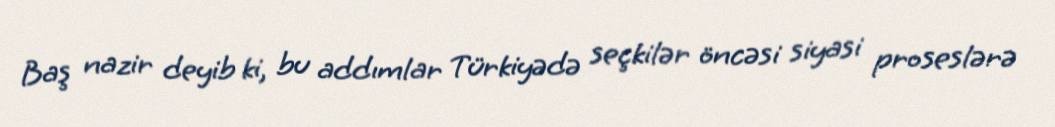
Baş nazir deyib ki, bu addımlar Türkiyədə seçkilər öncəsi siyasi proseslərə